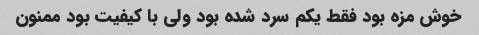
خوش مزه بود فقط یکم سرد شده بود ولی با کیفیت بود ممنون